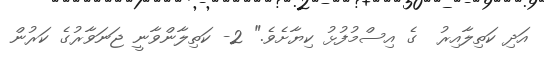
އަދި ކަތިލާއިރު  ގެ އިސްމުފުޅު ކިޔާށެވެ." 2- ކަތިލާންވާނީ ޖަނަވާރުގެ ކަރުން